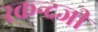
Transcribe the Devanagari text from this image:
स्कन्दजी